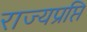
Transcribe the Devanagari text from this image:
राज्यप्रप्ति